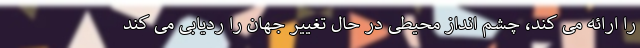
را ارائه می کند، چشم انداز محیطی در حال تغییر جهان را ردیابی می کند